Indian Medical Review
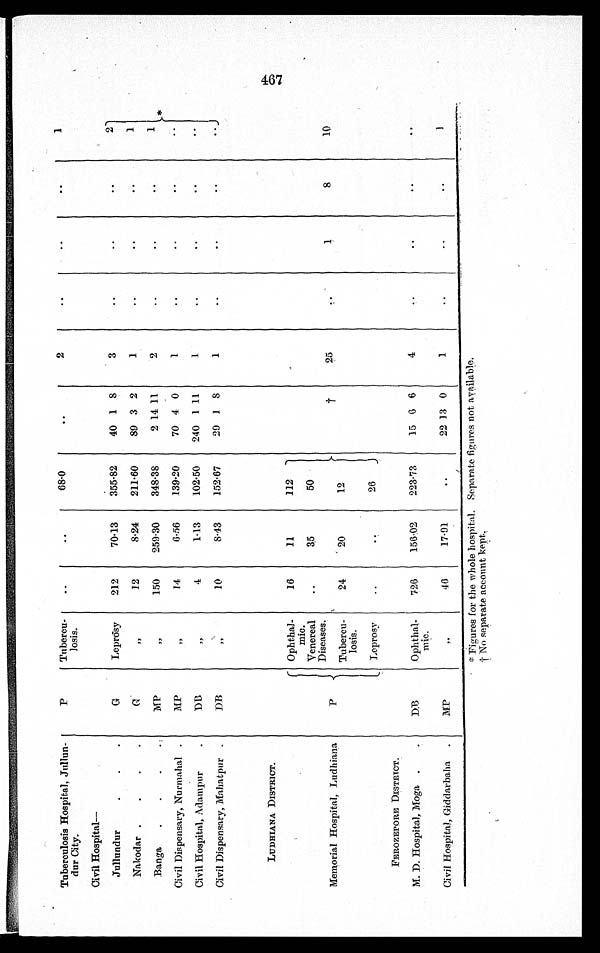
Tuberculosis Hospital, Jullun-
dur City.
P
Tubercu-
losis.
..
..
68.0
. .
2
..
. .
. .
1
Civil Hospital
—
Jullundur
.
.
.
G
Leprosy
212
70.13
355-82
40 1 8
3
. .
. .
. .
2
Nakodar .
.
.
.
G ,,
12
8.24
211-60
89 3 2
1
..
. .
. .
1
Banga
.
.
.
MP
, , 150
259-30
348.38
2 14 11
2
..
..
. .
1
Civil Dispensary, Nurmahal .
MP
, ,
14
6.56
139.20
70 4 0
1
..
. .
. .
..
Civil Hospital, Adampur
.
D B
„
4
1.13
102.50
240 1 11
1
. .
. .
. .
. .
Civil Dispensary, Mahatpur .
DB
„
10
8.43
152.67
29 1 8
1
..
..
. .
. .
LUDHIANA DISTRICT.
Memorial Hospital, Ludhiana
P
Ophthal-
mic.
Venereal
Diseases.
Tubercu-
Leprosy
16
..
24
..
11
35
20
112
50
12
26
†
25
. .
1
8
10
FERozEPORE DISTRICT.
M. D. Hospital, Moga .
DB
Ophthal-
mic.
726
156.02
223.73
15 6 6
4
. .
. .
. .
. .
Civil Hospital, Giddarbaha. .
M.P
„
46
17.91
..
22 13 0
1
..
. .
. .
1
* Figures for the whole hospital. Separate figures not available,
† No separate account kept.